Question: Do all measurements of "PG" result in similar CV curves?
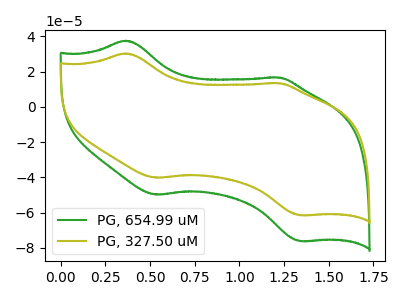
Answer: <think>The green curve "PG, 654.99 uM" has anodic peaks at (0.35V, 37.60uA) (1.20V, 16.70uA) and cathodic peaks at (0.55V, -49.85uA) (1.35V, -76.25uA). The olive curve "PG, 327.50 uM" has anodic peaks at (0.35V, 30.35uA) (1.20V, 13.45uA) and cathodic peaks at (0.55V, -40.20uA) (1.35V, -61.55uA).
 All the peaks in "PG, 654.99 uM" have a peak in "PG, 327.50 uM" at the same potential. Every peak in "PG, 654.99 uM" is higher than every peak in "PG, 327.50 uM".</think>
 <answer>All the CV's of "PG" have similar shape.</answer>
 <eval>follow_rule</eval>